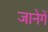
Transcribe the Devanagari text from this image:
जानेगें